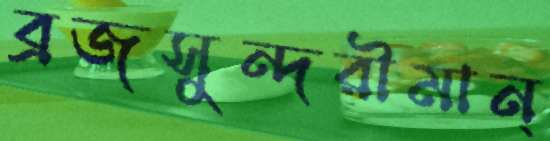
ব্রজসুন্দরীমান্